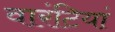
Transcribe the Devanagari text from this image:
वारंटियां